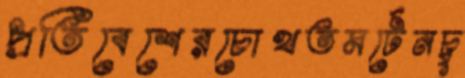
প্রতিবেশেরচোখতমর্টেনচু